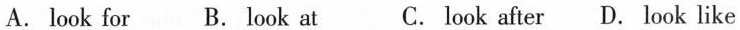
A. look forB. look atC. look afterD. look like